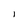
Character: l